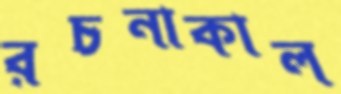
রচনাকাল